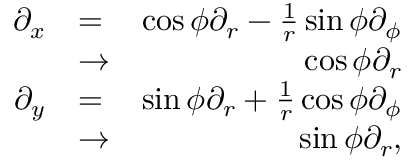
\begin{array} { r l r } { \partial _ { x } } & { = } & { \cos \phi \partial _ { r } - \frac { 1 } { r } \sin \phi \partial _ { \phi } } \\ & { \rightarrow } & { \cos \phi \partial _ { r } } \\ { \partial _ { y } } & { = } & { \sin \phi \partial _ { r } + \frac { 1 } { r } \cos \phi \partial _ { \phi } } \\ & { \rightarrow } & { \sin \phi \partial _ { r } , } \end{array}